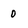
Character: 0